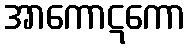
အာကောဋကော